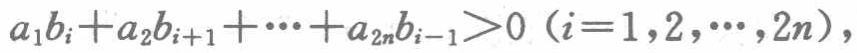
\(a_{1}b_{i}+a_{2}b_{i + 1}+\cdots+a_{2n}b_{i - 1}>0\ (i = 1,2,\cdots,2n)\)